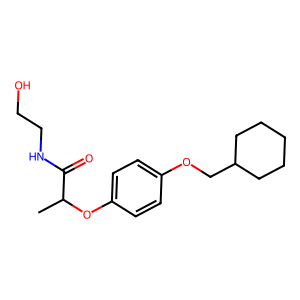
SMILES: CC(Oc1ccc(OCC2CCCCC2)cc1)C(=O)NCCO
Inhibits HIV replication: No